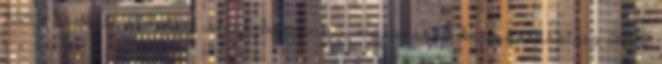
3250 Ft Sült oldalas, steak burgonya, majonézes káposztasaláta 2600